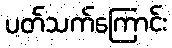
ပတ်သက်ကြောင်း